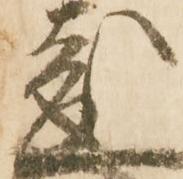
成